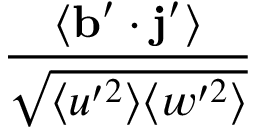
\frac { \langle \mathbf { b } ^ { \prime } \cdot \mathbf { j } ^ { \prime } \rangle } { \sqrt { \langle u ^ { \prime 2 } \rangle \langle w ^ { \prime 2 } \rangle } }